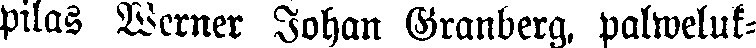
pilas Werner Johan Granberg, palweluk-